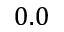
0 . 0